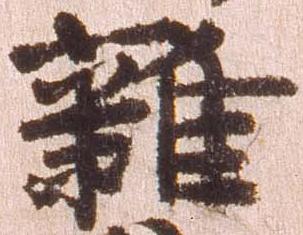
雑